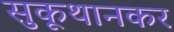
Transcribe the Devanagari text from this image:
सुकूथानकर